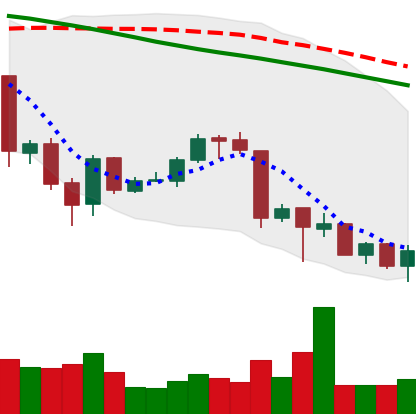
Ticker: ETH-USD
Chart end date: 2018-06-29
Forward return: 7.181%
Label: up_7plus